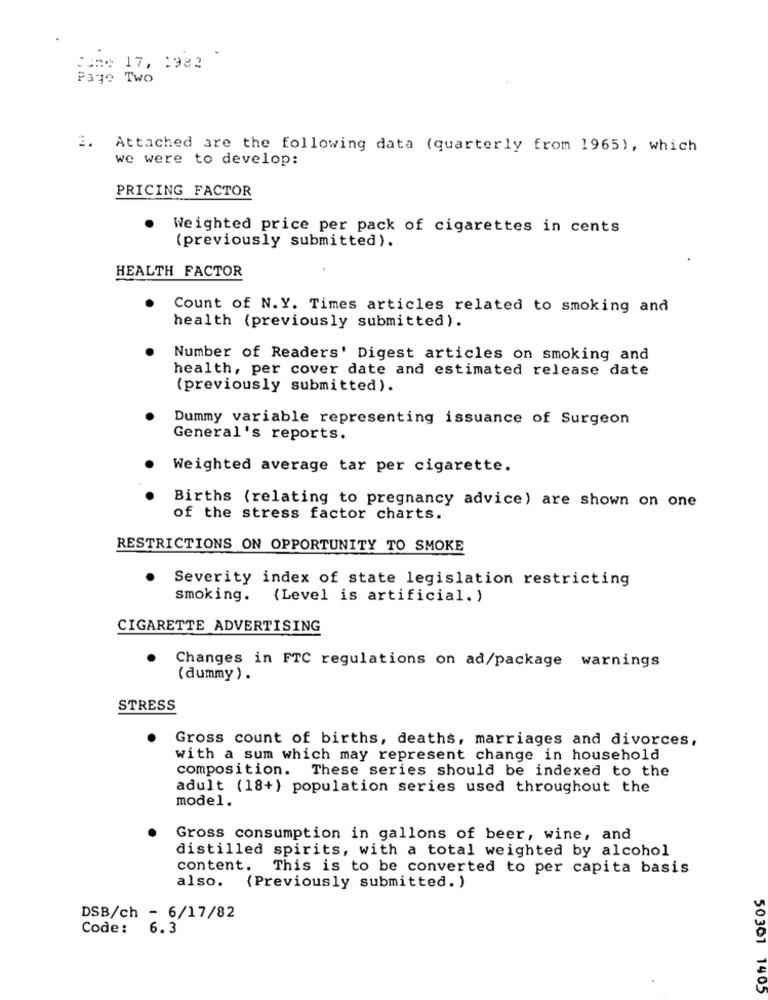
June 17, 1982
Page Two
2. Attached are the following data (quarterly from 1965), which
we were to develop:
PRICING FACTOR
Weighted price per pack of cigarettes in cents
(previously submitted).
HEALTH FACTOR
Count of N.Y. Times articles related to smoking and
health (previously submitted).
Number of Readers' Digest articles on smoking and
health, per cover date and estimated release date
(previously submitted).
Dummy variable representing issuance of Surgeon
General's reports.
Weighted average tar per cigarette.
Births (relating to pregnancy advice) are shown on one
of the stress factor charts.
RESTRICTIONS ON OPPORTUNITY TO SMOKE
Severity index of state legislation restricting
smoking.
(Level is artificial. )
CIGARETTE ADVERTISING
Changes in FTC regulations on ad/package warnings
( dummy ) .
STRESS
Gross count of births, deaths, marriages and divorces,
with a sum which may represent change in household
composition. These series should be indexed to the
adult (18+) population series used throughout the
model.
Gross consumption in gallons of beer, wine, and
distilled spirits, with a total weighted by alcohol
content.
This is to be converted to per capita basis
also.
(Previously submitted. )
DSB/ch - 6/17/82
Code:
6.3
50301 1405